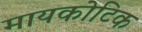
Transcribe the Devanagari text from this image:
मायकोटिक